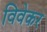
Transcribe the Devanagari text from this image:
विवेकर